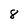
Character: 8